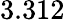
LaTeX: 3.312